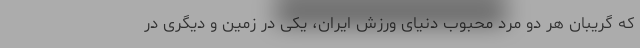
که گریبان هر دو مرد محبوب دنیای ورزش ایران، یکی در زمین و دیگری در